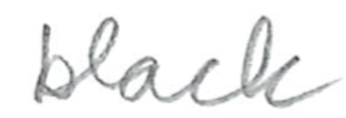
Text: black
Cross-out: clean
Writing tool: pencil